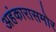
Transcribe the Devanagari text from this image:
अहंकारासमोर